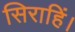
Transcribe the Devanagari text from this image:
सिराहिं।